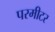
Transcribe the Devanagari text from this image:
परमीटर